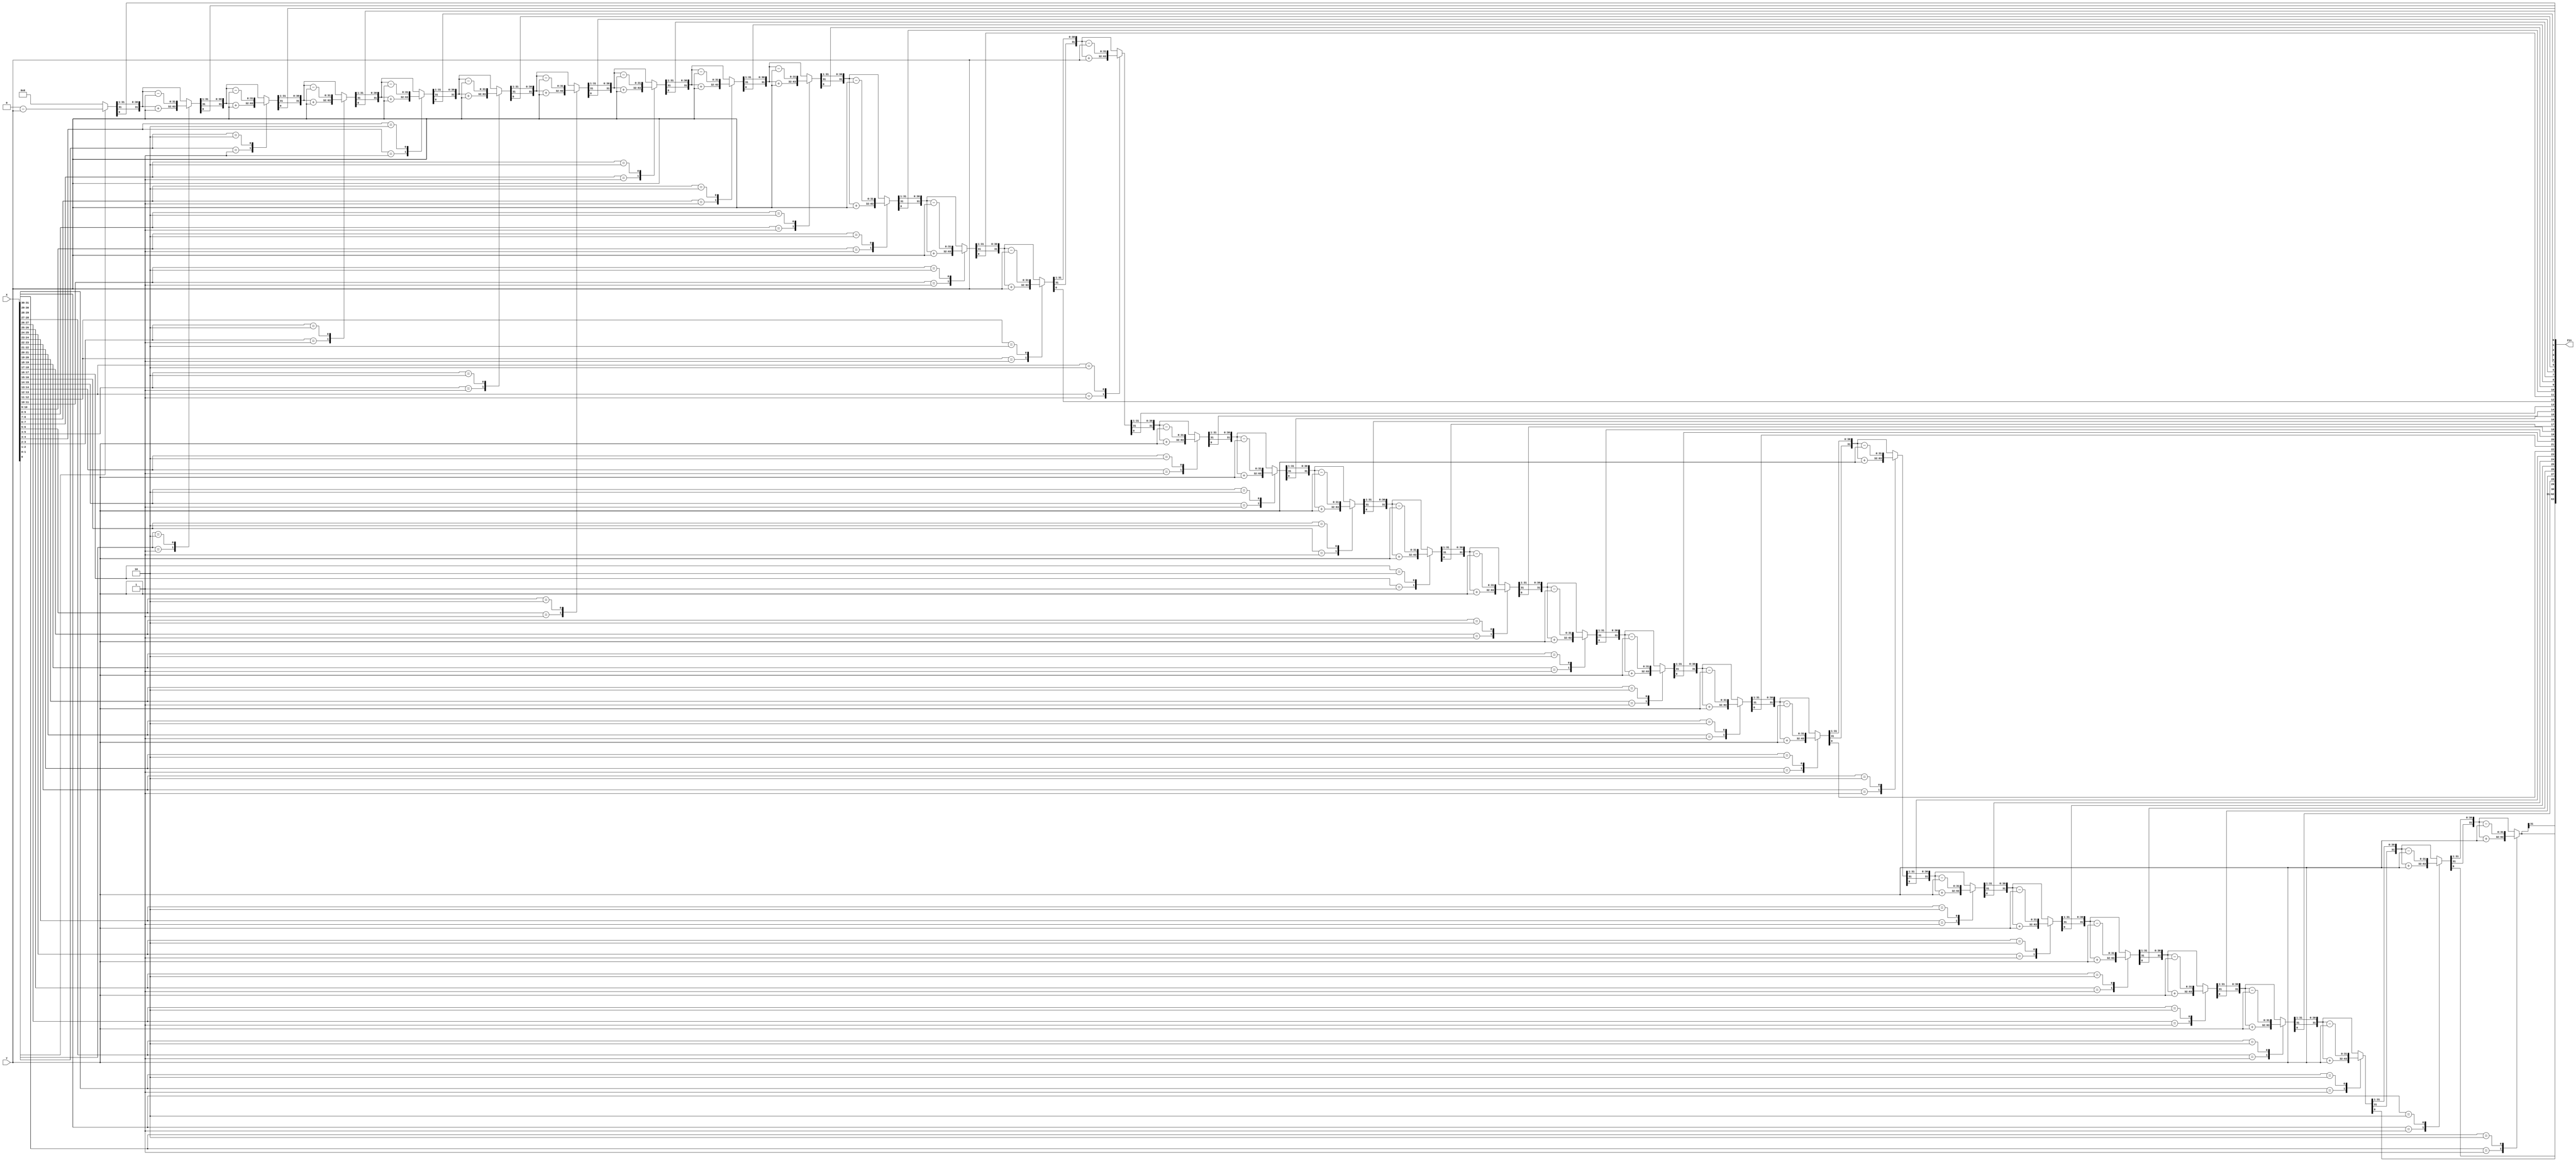
module MUL(X, Y, Zin);
 
    input signed [31:0] X, Y;
    output reg [63:0] Zin;
   
    reg signed [63:0] Z; // Temporary register for calculations
    reg [1:0] temp;
    integer i;
    reg E1; // Extra bit for Booth's algorithm
   
    always @(*) begin
        Z = 64'd0;
        Z[31:0] = X;
        E1 = 0;
       
        for (i = 0; i < 32; i = i + 1) begin
            temp = {Z[0], E1}; // Consider LSB of Z and extra bit
           
            case (temp)
                2'b01: Z[63:32] = Z[63:32] + Y; // Add Y for 01
                2'b10: Z[63:32] = Z[63:32] - Y; // Subtract Y for 10
                default: ;
            endcase
           
            E1 = Z[0]; // Update E1 with the LSB of Z before shift
            Z = Z >>> 1; // Arithmetic right shift
        end
       
        Zin = Z;
    end
endmodule